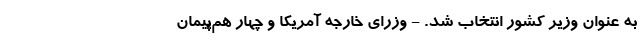
به عنوان وزیر کشور انتخاب شد. - وزرای خارجه آمریکا و چهار هم‌پیمان